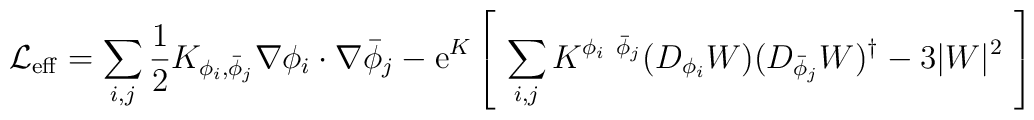
{\cal L}_{\rm eff} =\sum_{i,j} {1\over 2} K_{\phi_i,{\bar\phi}_j}\nabla \phi_i\cdot \nabla{\bar\phi}_j - {\rm e}^K \left[\  \sum_{i,j } K^{\phi_i\ {\bar\phi}_j}(D_{\phi_i} W)(D_{{\bar\phi}_j} W)^{\dag} - 3 |W|^2\ \right]